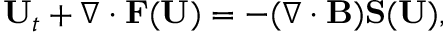
\mathbf { U } _ { t } + \nabla \cdot \mathbf { F } ( \mathbf { U } ) = - ( \nabla \cdot \mathbf { B } ) \mathbf { S } ( \mathbf { U } ) ,